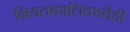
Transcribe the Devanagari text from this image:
नियतकालिकाचेही